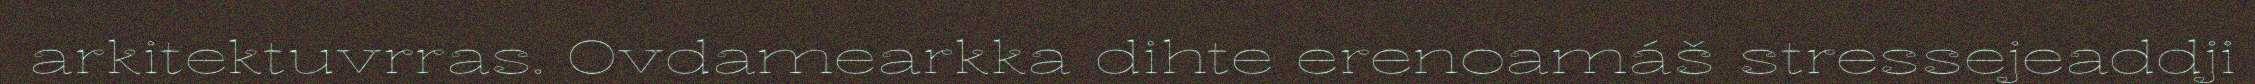
arkitektuvrras. Ovdamearkka dihte erenoamáš stressejeaddji